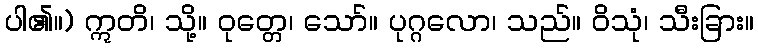
ပါ၏။) ဣတိ၊ သို့။ ဝုတ္တေ၊ သော်။ ပုဂ္ဂလော၊ သည်။ ဝိသုံ၊ သီးခြား။